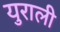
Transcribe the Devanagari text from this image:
युराली